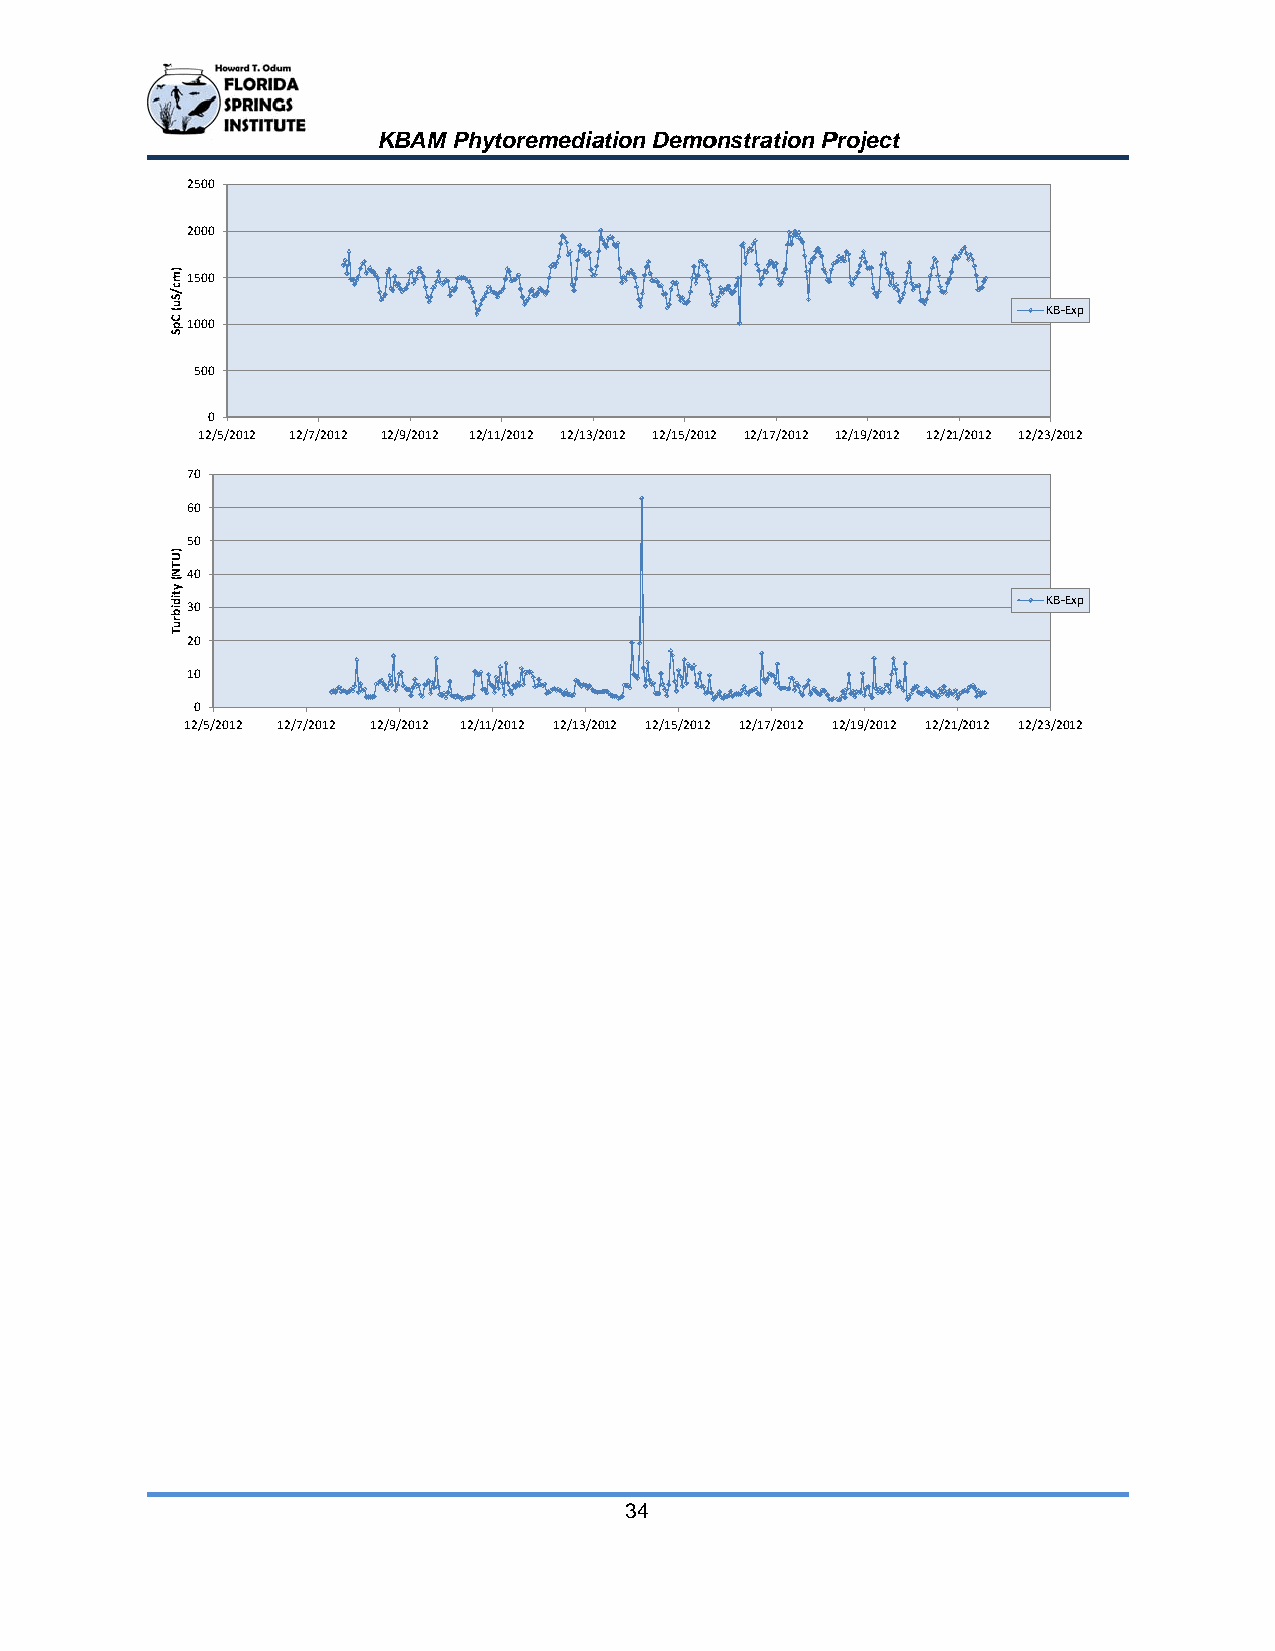
KBAM Phhytoremediaation Demoonstration PProject
 2500
 2000
 1500
 KB‐Exxp
 1000
 500
 0
 12/5/20012 12/7/2012 12/9/2012 12/11/2012 12/13//2012 12/15/20122 12/17/2012 12/19/2012 12/21/2012 12/23/20112
 70
 60
 50
 40
 KB‐Exxp
 30
 20
 10
 0
 12/5/20122 12/7/2012 12/9/2012 12//11/2012 12/13/22012 12/15/2012 12/17/2012 112/19/2012 12/211/2012 12/23/20112
 34
 )mc/Su(
 CpS
 )UTN(
 ytidibruT